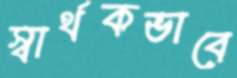
স্বার্থকভাবে